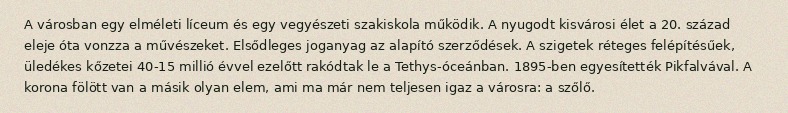
A városban egy elméleti líceum és egy vegyészeti szakiskola működik. A nyugodt kisvárosi élet a 20. század eleje óta vonzza a művészeket. Elsődleges joganyag az alapító szerződések. A szigetek réteges felépítésűek, üledékes kőzetei 40-15 millió évvel ezelőtt rakódtak le a Tethys-óceánban. 1895-ben egyesítették Pikfalvával. A korona fölött van a másik olyan elem, ami ma már nem teljesen igaz a városra: a szőlő.